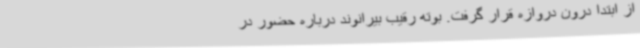
از ابتدا درون دروازه قرار گرفت. بوته رقیب بیرانوند درباره حضور در